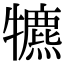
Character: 犥